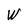
Character: W